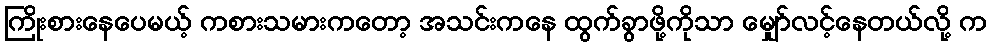
ကြိုးစားနေပေမယ့် ကစားသမားကတော့ အသင်းကနေ ထွက်ခွာဖို့ကိုသာ မျှော်လင့်နေတယ်လို့ က